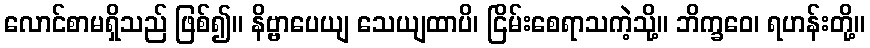
လောင်စာမရှိသည် ဖြစ်၍။ နိဗ္ဗာပေယျ သေယျထာပိ၊ ငြိမ်းစေရာသကဲ့သို့။ ဘိက္ခဝေ၊ ရဟန်းတို့။